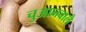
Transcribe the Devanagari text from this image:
चुआनवाले